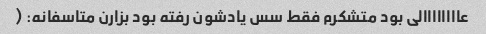
عاااااااالی بود متشکرم فقط سس یادشون رفته بود بزارن متاسفانه: (